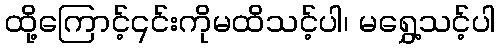
ထို့ကြောင့်၎င်းကိုမထိသင့်ပါ၊ မရွှေ့သင့်ပါ